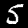
Digit: 5